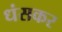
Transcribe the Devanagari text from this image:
धंसकर